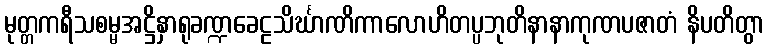
မုတ္တကရီသစမ္မအဋ္ဌိနှာရုခဏ္ဍခေဠသိင်္ဃာဏိကာလောဟိတပ္ပဘုတိနာနာကုဏပဇာတံ နိပတိတွာ